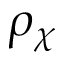
\rho _ { \chi }